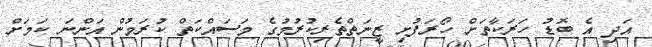
އަދި އެ ބޮޑު ހަރަކާތަށް ހޯރަފުށި ޒީނަތްތެރިކުރުމުގެ މަސައްކަތް ކުރަމުން އަންނަ ކަމަށް